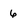
Character: 6